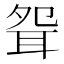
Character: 𦕕